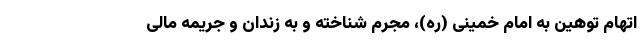
اتهام توهین به امام خمینی (ره)، مجرم شناخته و به زندان و جریمه مالی